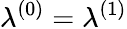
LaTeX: \lambda^{(0)}=\lambda^{(1)}